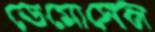
ডেমোসেল